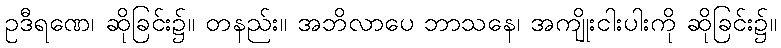
ဥဒီရဏေ၊ ဆိုခြင်း၌။ တနည်း။ အဘိလာပေ ဘာသနေ၊ အကျိုးငါးပါးကို ဆိုခြင်း၌။